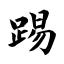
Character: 踢